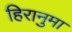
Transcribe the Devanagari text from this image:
हिरानुमा